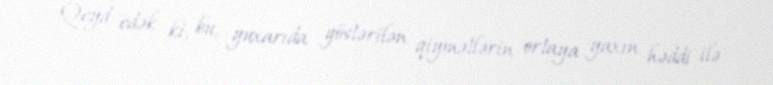
Qeyd edək ki, bu, yuxarıda göstərilən qiymətlərin ortaya yaxın həddi ilə